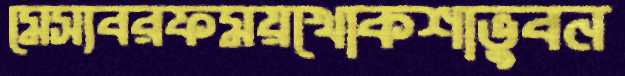
মেস্যবরফময়খোকশাভুবন